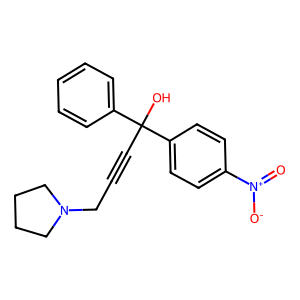
SMILES: O=[N+]([O-])c1ccc(C(O)(C#CCN2CCCC2)c2ccccc2)cc1
Inhibits HIV replication: No